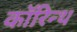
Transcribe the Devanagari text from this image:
कॉरिन्थ